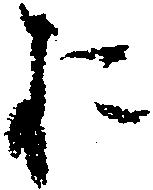
お